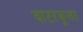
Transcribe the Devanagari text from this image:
वाटरकूलर